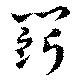
闘